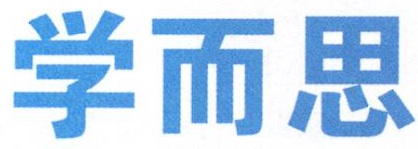
学而思